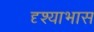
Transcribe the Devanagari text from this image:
दृश्याभास